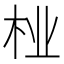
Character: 𱣇